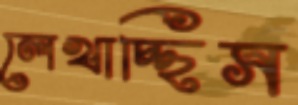
লেখাচ্ছিস